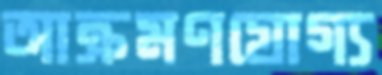
আক্রমণযোগ্য